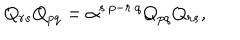
LaTeX: Q _ { r s } Q _ { p q } = \alpha ^ { s \cdot p - r \cdot q } Q _ { p q } Q _ { r s } ,